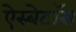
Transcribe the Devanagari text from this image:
ऐस्बेटॉस